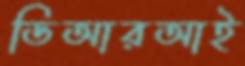
ডিআরআই